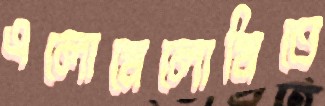
এলোমেলোমিতে